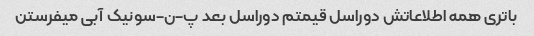
باتری همه اطلاعاتش دوراسل قیمتم دوراسل بعد پ-ن-سونیک آبی میفرستن